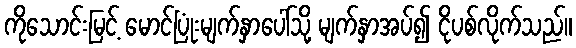
ကိုသောင်းမြင့် မောင်ပြုံးမျက်နှာပေါ်သို့ မျက်နှာအပ်၍ ငိုပစ်လိုက်သည်။